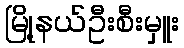
မြို့နယ်ဦးစီးမှူး